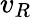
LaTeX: v_{R}